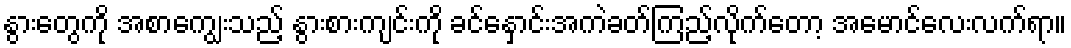
နွားတွေကို အစာကျွေးသည့် နွားစားကျင်းကို ခင်နှောင်းအကဲခတ်ကြည့်လိုက်တော့ အမောင်လေးလက်ရာ။